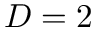
D = 2